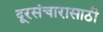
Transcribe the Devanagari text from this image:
दूरसंचारासाठी